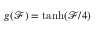
g ( \mathcal { F } ) = \operatorname { t a n h } ( \mathcal { F } / 4 )